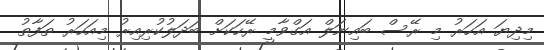
މިިިދިޔަ އަހަރު މި ރޭސް ބައިނަލް އަގްވާމީ ރޭހަކަށް ބަދަލުކުރިއިރު މިއަހަރު ތަފާތު